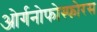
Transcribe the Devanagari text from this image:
ओर्गनोफोस्फोरस